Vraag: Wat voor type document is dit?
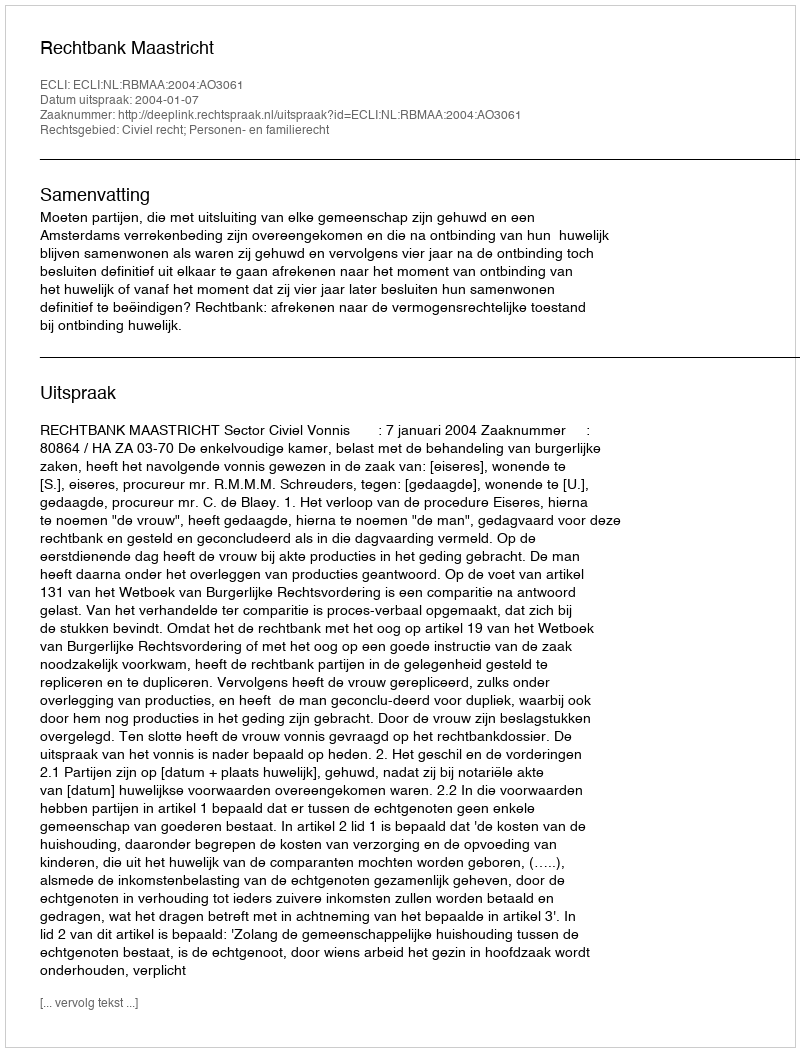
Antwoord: Uitspraak